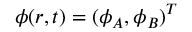
{ \phi } ( r , t ) = ( \phi _ { A } , \phi _ { B } ) ^ { T }